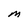
Character: M